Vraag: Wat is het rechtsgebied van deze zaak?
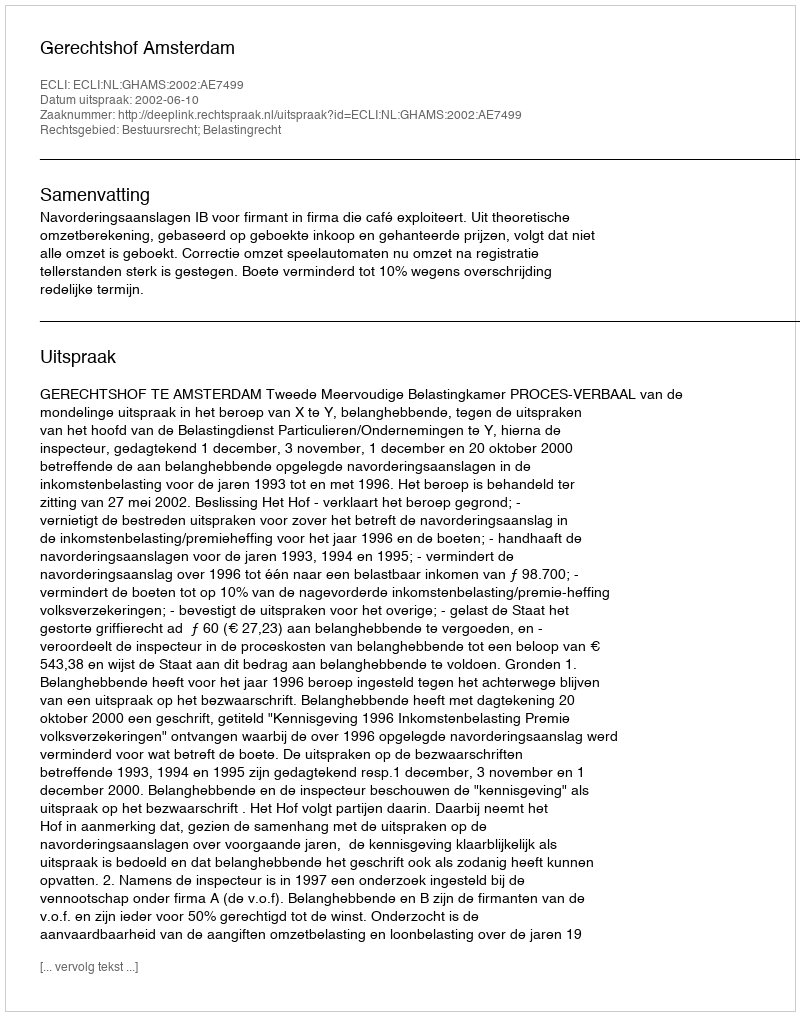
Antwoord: Bestuursrecht; Belastingrecht